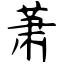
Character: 萧